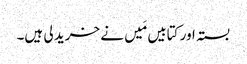
بستہ اور کتابیں مَیں نے خرید لی ہیں۔